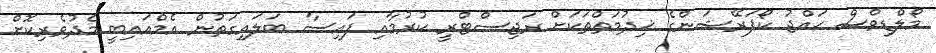
މޯލްޑިވްސް ޙައްޖު ކޯޕަރޭޝަންގެ ޚިދުމަތްތަކަށް ރަޖިސްޓްރީ ކުރުމާއި ފައިސާ ބަލައިގަތުން އެމްއައިބީ މެދުވެރިކޮށް